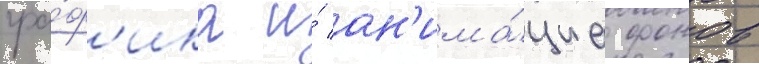
гра́ф'ика и́ ан'има́циа фонов